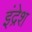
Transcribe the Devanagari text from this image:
इंद्रेश